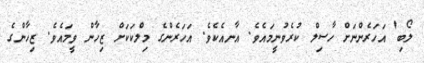
ލޯބި' އަހަރެންނަށް ހާސިލް ކުރެވުނީމައެވެ. އާނއެކެވެ. އަހަރެންގެ މިލްކަކަށް ޒިހާން ވީމައެވެ. ޒިހާންގެ